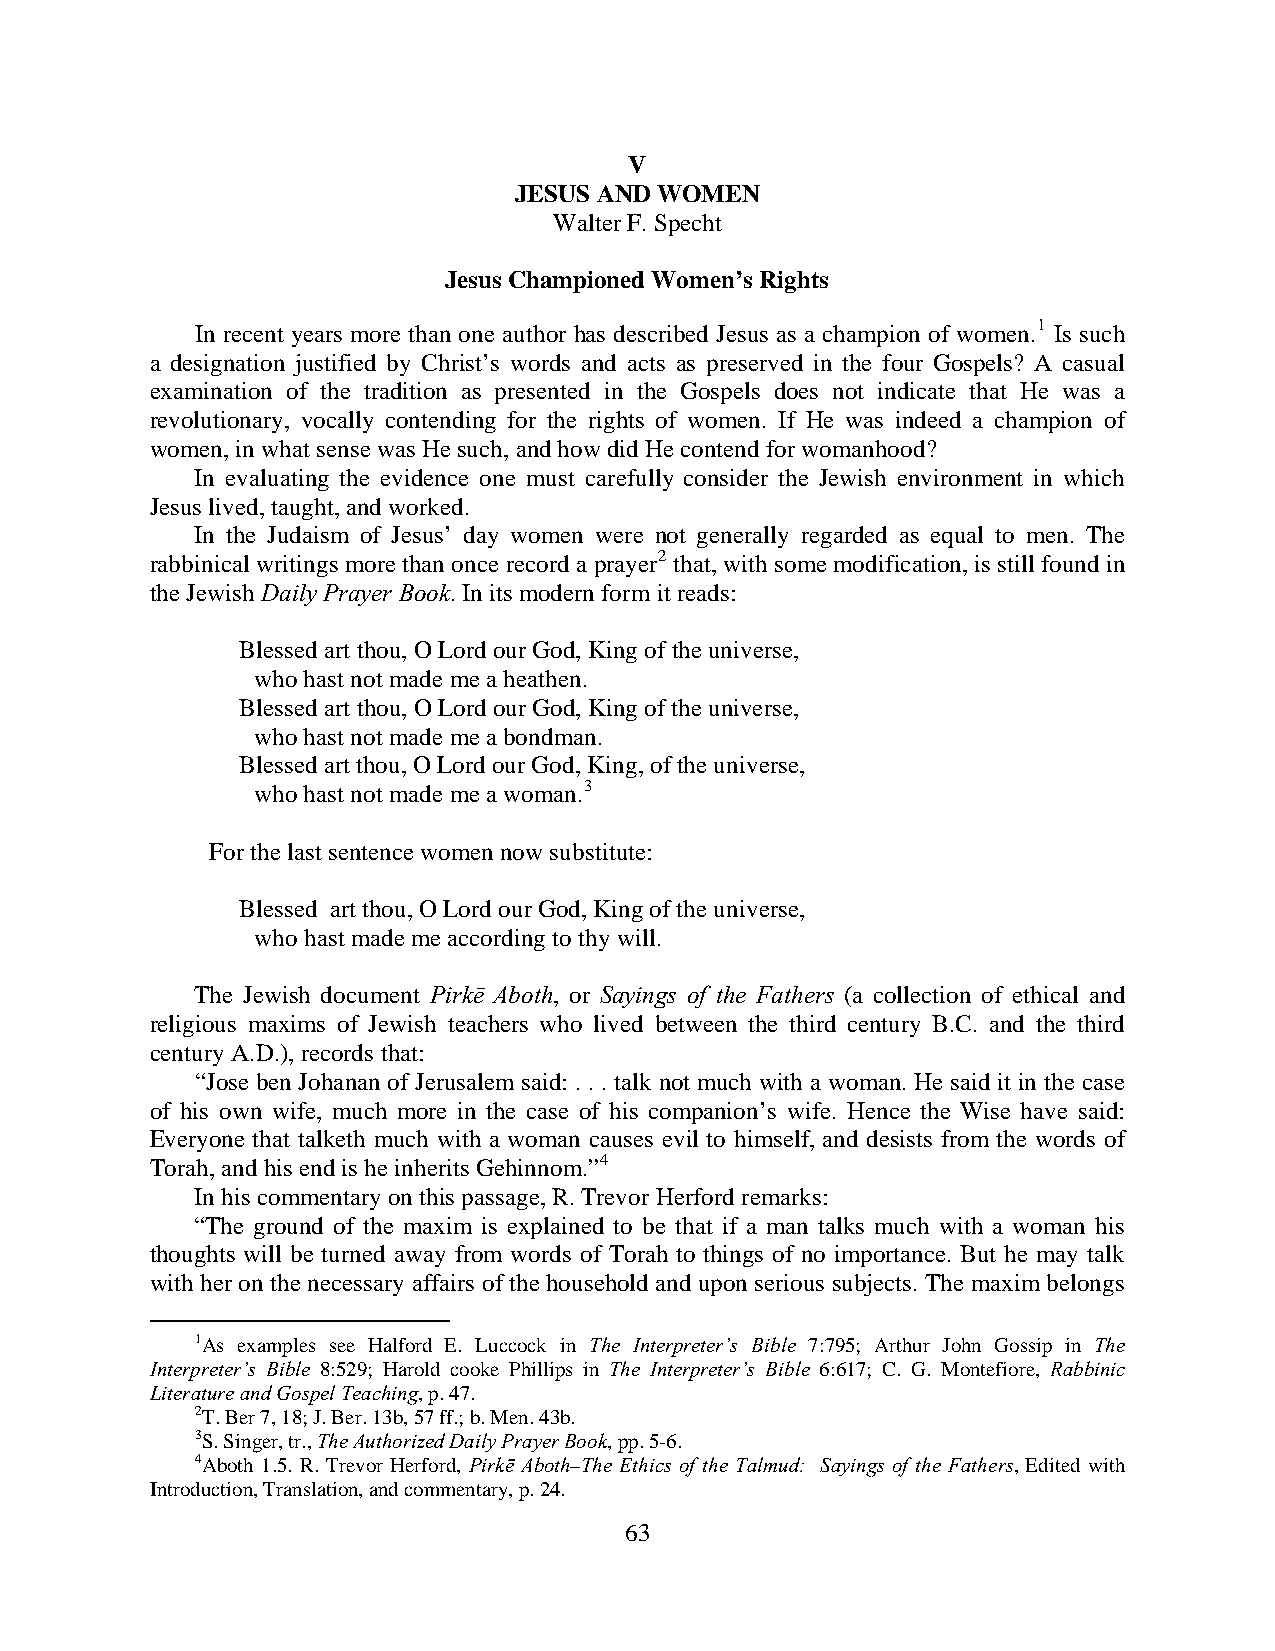
V
 JESUS AND WOMEN
 Walter F. Specht
 Jesus Championed Women’s Rights
 In recent years more than one author has described Jesus as a champion of women.1 Is such
 a designation justified by Christ’s words and acts as preserved in the four Gospels? A casual
 examination of the tradition as presented in the Gospels does not indicate that He was a
 revolutionary, vocally contending for the rights of women. If He was indeed a champion of
 women, in what sense was He such, and how did He contend for womanhood?
 In evaluating the evidence one must carefully consider the Jewish environment in which
 Jesus lived, taught, and worked.
 In the Judaism of Jesus’ day women were not generally regarded as equal to men. The
 rabbinical writings more than once record a prayer2 that, with some modification, is still found in
 the Jewish Daily Prayer Book. In its modern form it reads:
 Blessed art thou, O Lord our God, King of the universe,
 who hast not made me a heathen.
 Blessed art thou, O Lord our God, King of the universe,
 who hast not made me a bondman.
 Blessed art thou, O Lord our God, King, of the universe,
 who hast not made me a woman.3
 For the last sentence women now substitute:
 Blessed art thou, O Lord our God, King of the universe,
 who hast made me according to thy will.
 The Jewish document Pirkē Aboth, or Sayings of the Fathers (a collection of ethical and
 religious maxims of Jewish teachers who lived between the third century B.C. and the third
 century A.D.), records that:
 “Jose ben Johanan of Jerusalem said: . . . talk not much with a woman. He said it in the case
 of his own wife, much more in the case of his companion’s wife. Hence the Wise have said:
 Everyone that talketh much with a woman causes evil to himself, and desists from the words of
 Torah, and his end is he inherits Gehinnom.”4
 In his commentary on this passage, R. Trevor Herford remarks:
 “The ground of the maxim is explained to be that if a man talks much with a woman his
 thoughts will be turned away from words of Torah to things of no importance. But he may talk
 with her on the necessary affairs of the household and upon serious subjects. The maxim belongs
 1As examples see Halford E. Luccock in The Interpreter’s Bible 7:795; Arthur John Gossip in The
 Interpreter’s Bible 8:529; Harold cooke Phillips in The Interpreter’s Bible 6:617; C. G. Montefiore, Rabbinic
 Literature and Gospel Teaching, p. 47.
 2T. Ber 7, 18; J. Ber. 13b, 57 ff.; b. Men. 43b.
 3S. Singer, tr., The Authorized Daily Prayer Book, pp. 5-6.
 4Aboth 1.5. R. Trevor Herford, Pirkē Aboth–The Ethics of the Talmud: Sayings of the Fathers, Edited with
 Introduction, Translation, and commentary, p. 24.
 63